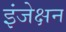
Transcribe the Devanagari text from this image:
इंजेक्षन